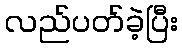
လည်ပတ်ခဲ့ပြီး